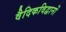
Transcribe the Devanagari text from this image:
वैदिकविद्वानों